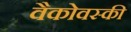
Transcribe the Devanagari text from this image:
वैकोवस्की